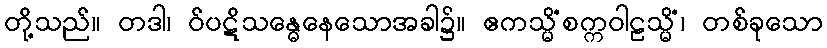
တို့သည်။ တဒါ၊ ဝ်ပဋိသန္ဓေနေသောအခါ၌။ ဧကသ္မိံစက္ကဝါဠသ္မိံ၊ တစ်ခုသော